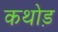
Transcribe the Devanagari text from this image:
कथोड़